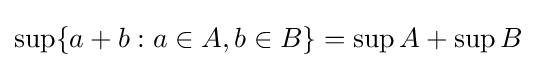
\sup\{a+b:a\in A,b\in B\}=\sup A+\sup B